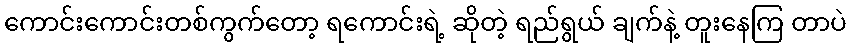
ကောင်းကောင်းတစ်ကွက်တော့ ရကောင်းရဲ့ ဆိုတဲ့ ရည်ရွယ် ချက်နဲ့ တူးနေကြ တာပဲ